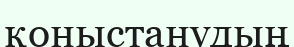
қоныстанудың